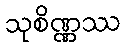
သုစိဏ္ဏဿ